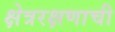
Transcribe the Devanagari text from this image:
क्षेत्ररक्षणाची